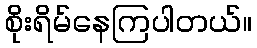
စိုးရိမ်နေကြပါတယ်။